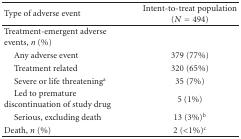
<table><thead><tr><td><b>Type of adverse event</b></td><td><b>Intent-to-treat population (<i>N</i> = 494)</b></td></tr></thead><tbody><tr><td>Treatment-emergent adverse events, <i>n</i> (%)</td><td></td></tr><tr><td> Any adverse event</td><td>379 (77%)</td></tr><tr><td> Treatment related</td><td>320 (65%)</td></tr><tr><td> Severe or life threatening<sup>a</sup></td><td>35 (7%)</td></tr><tr><td> Led to premature discontinuation of study drug</td><td>5 (1%)</td></tr><tr><td> Serious, excluding death</td><td>13 (3%)<sup>b</sup></td></tr><tr><td>Death, <i>n</i> (%)</td><td>2 (&lt;1%)<sup>c</sup></td></tr></tbody></table>